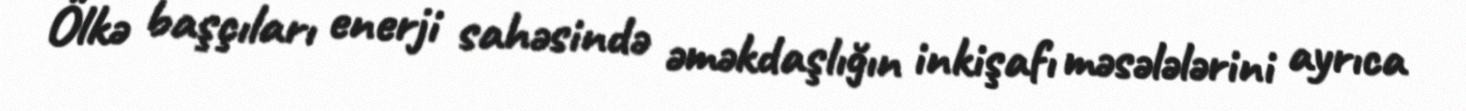
Ölkə başçıları enerji sahəsində əməkdaşlığın inkişafı məsələlərini ayrıca